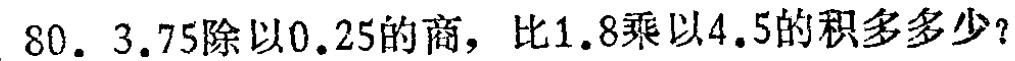
80. \(3.75\)除以\(0.25\)的商，比\(1.8\)乘以\(4.5\)的积多多少？